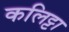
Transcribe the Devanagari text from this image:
कलिट्टा